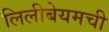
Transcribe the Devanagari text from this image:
लिलीबेयमची